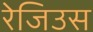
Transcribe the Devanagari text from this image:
रेजिउस